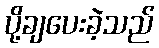
ပို့ချပေးခဲ့သည်